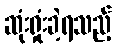
ဆုံးရှုံးခဲ့ရသည့်